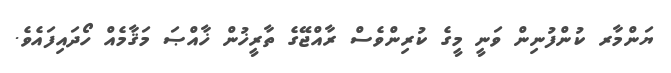
ޔަންމާރ ކުންފުނިން ވަނީ މީގެ ކުރިންވެސް ރާއްޖޭގެ ތާރީޚުން ޚާއްޞަ މަޤާމެއް ހޯދައިފައެވެ.